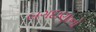
બગદાણાનો